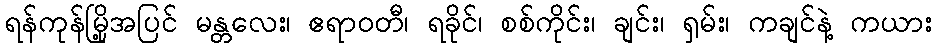
ရန်ကုန်မြို့အပြင် မန္တလေး၊ ဧရာဝတီ၊ ရခိုင်၊ စစ်ကိုင်း၊ ချင်း၊ ရှမ်း၊ ကချင်နဲ့ ကယား